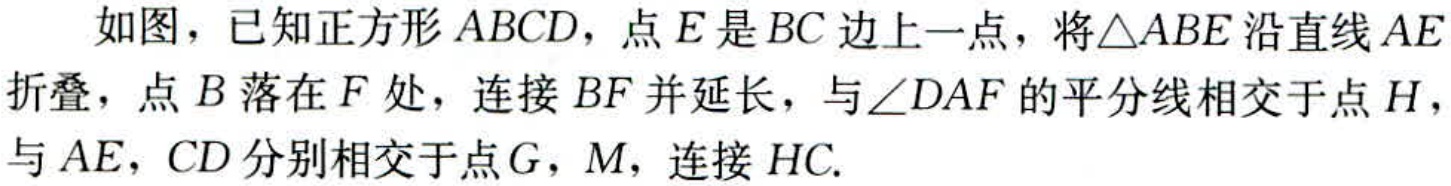
如图，已知正方形\(ABCD\)，点\(E\)是\(BC\)边上一点，将\(\triangle ABE\)沿直线\(AE\)折叠，点\(B\)落在\(F\)处，连接\(BF\)并延长，与\(\angle DAF\)的平分线相交于点\(H\)，与\(AE\)，\(CD\)分别相交于点\(G\)，\(M\)，连接\(HC\).